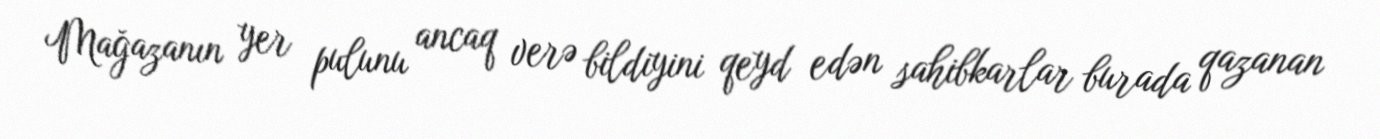
Mağazanın yer pulunu ancaq verə bildiyini qeyd edən sahibkarlar burada qazanan